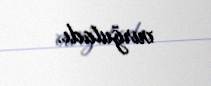
vurğuladı.